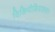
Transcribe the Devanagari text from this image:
विकिपीडियावरून